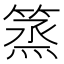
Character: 篜